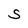
Character: S